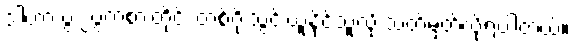
ဒါဟာ ပွဲ ၂ပွဲကစားတိုင်း တစ်ဂိုးသွင်းယူနိုင်သူလို့ သတ်မှတ်လို့ရပါတယ်။